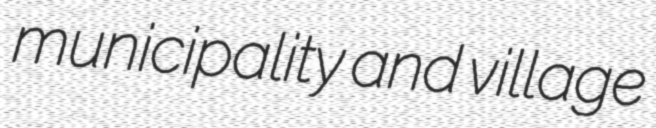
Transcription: municipality and village